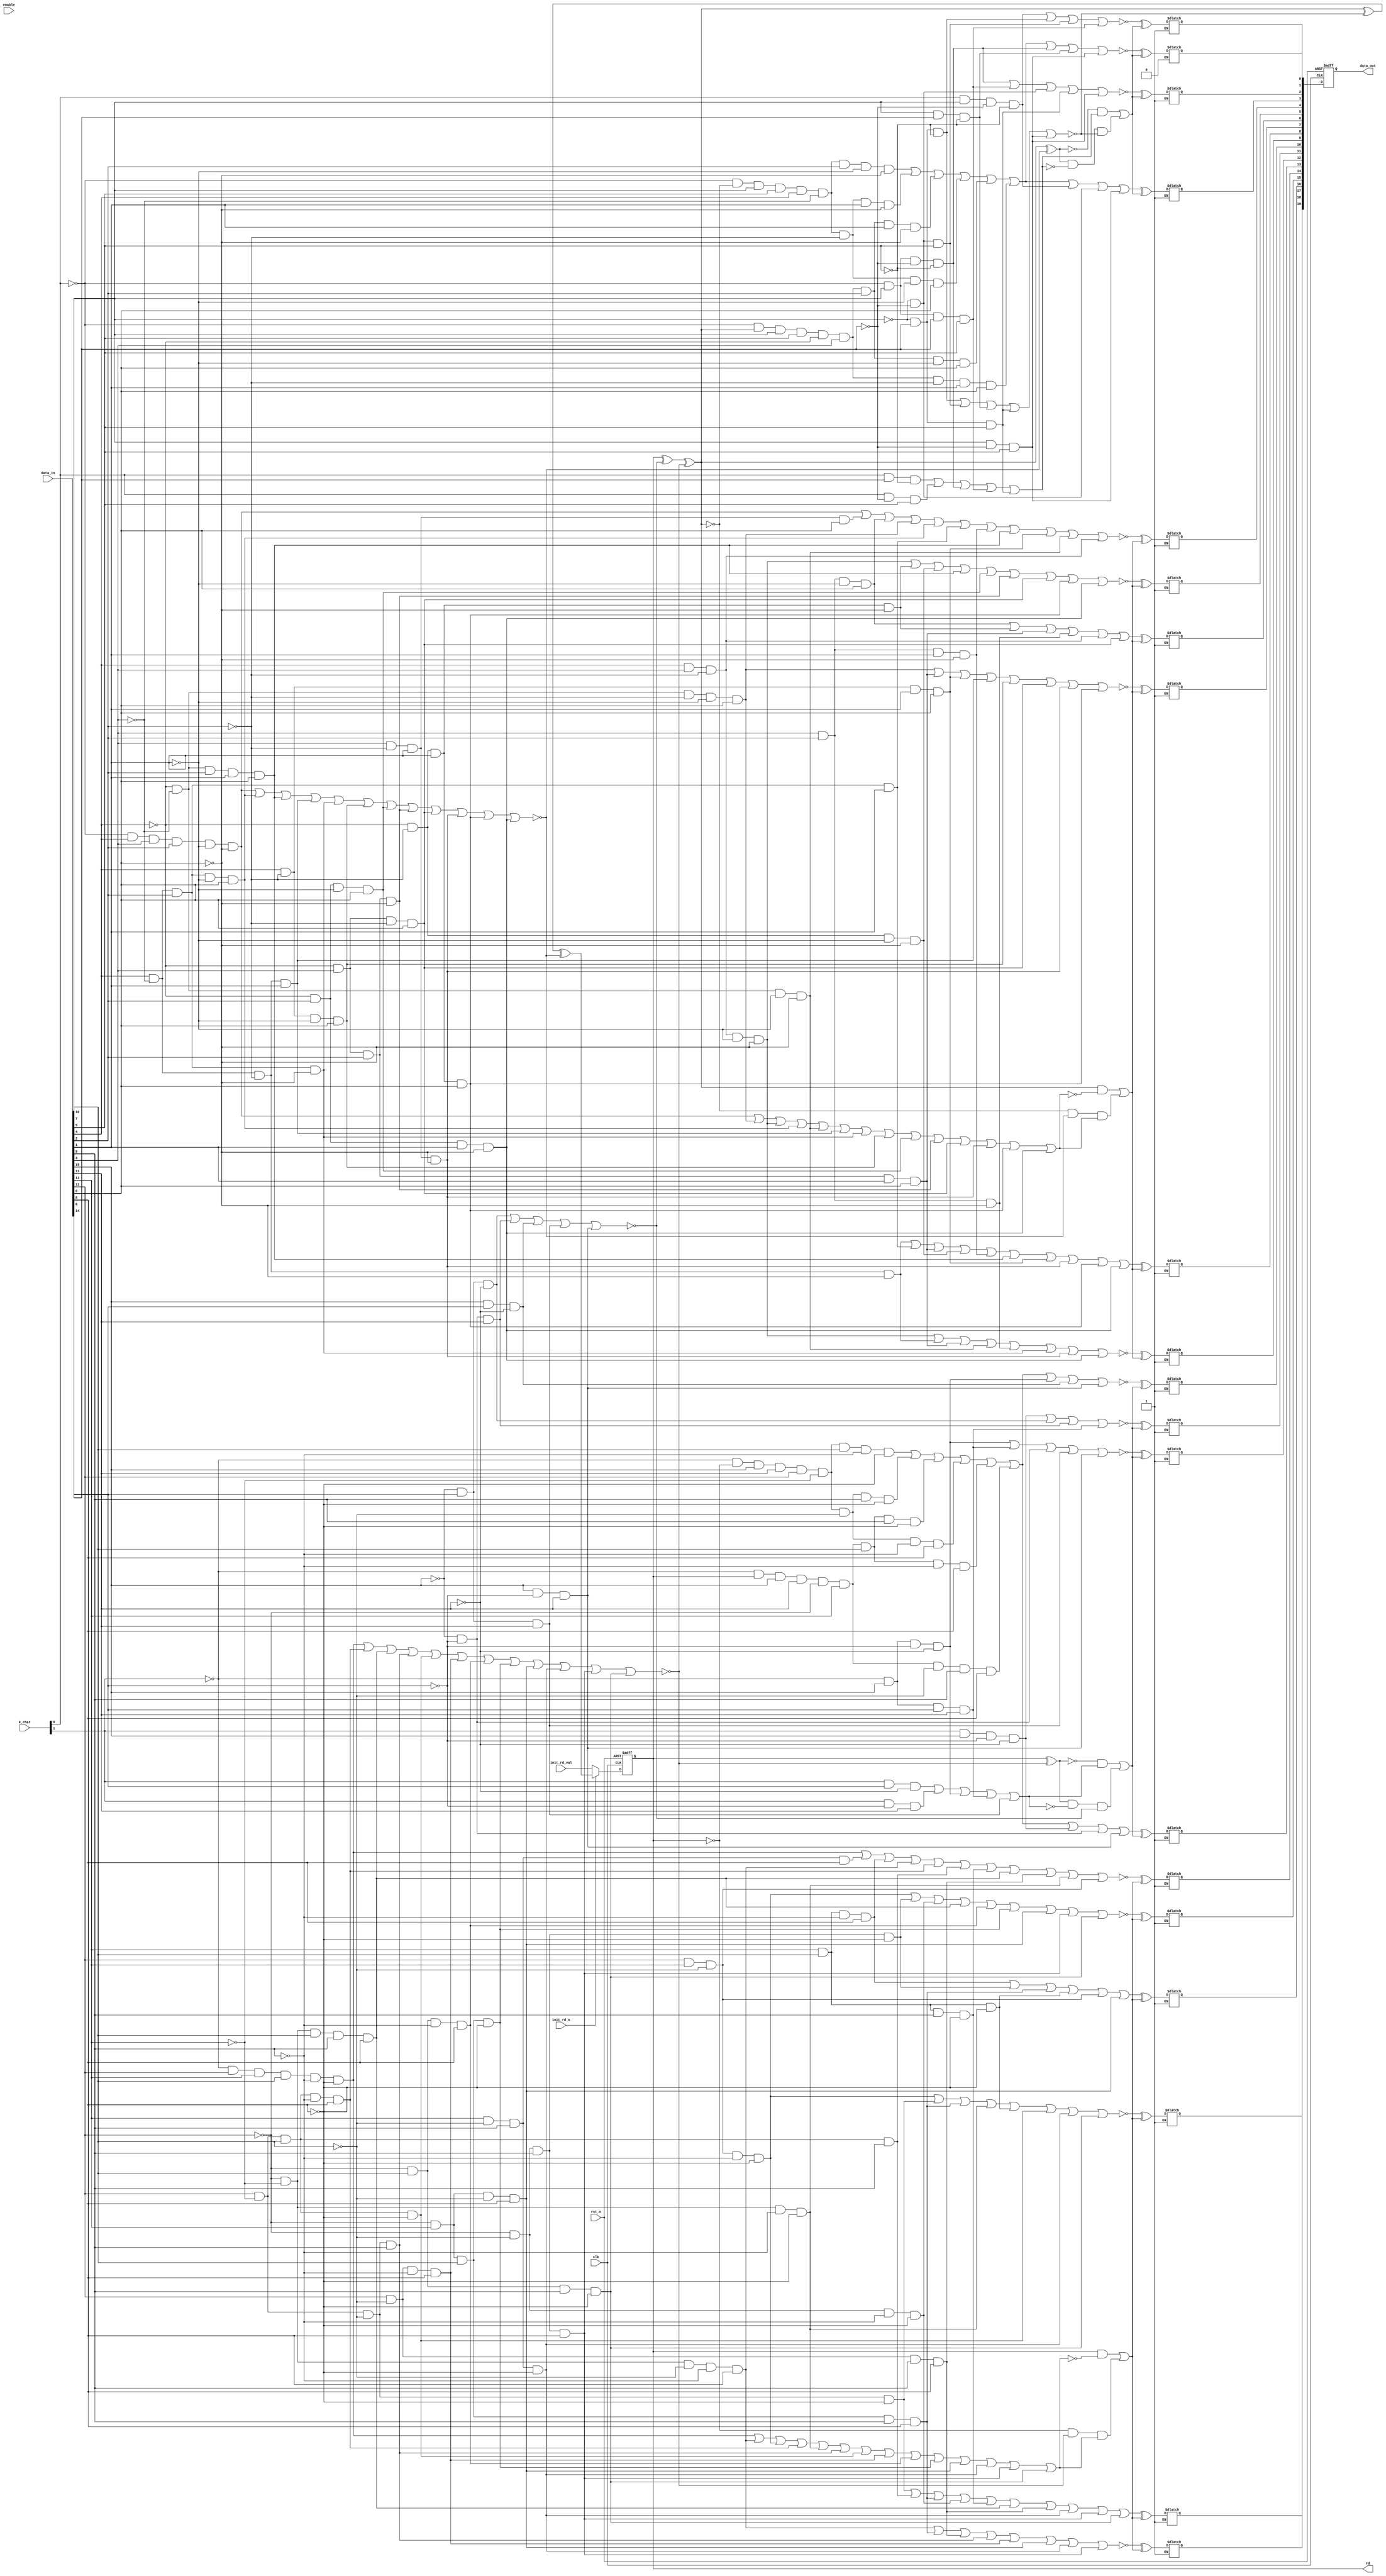

//
////////////////////////////////////////////////////////////////////////////////
////////////////////////////////////////////////////////////////////////////////
//
// ABSTRACT: 8b/10b Encoder
//
//              Parameters:     Valid Values
//              ==========      ============
//              bytes           [ 1 to 16 ]
//              k28_5_only      [ 0 to 1 ] (0 = all 12 special characters available (as determined by data bus value)
//                                          1 = K28.5 available only (does NOT depend on value of data bus)
//              en_mode         [ 0 to 1 ] (0 = enable input is disconnected (stalls registers)
//                                          1 = enable input is connected (processes inputs based on state of enable input))
//              init_mode       [ 0 to 1 ] (0 = init_rd_val input is registered before being applied to data in
//                                          1 = init_rd_val input is not registered before being applied to data in)
//              rst_mode        [ 0 to 1 ] (0 = using asynchronous reset FFs
//                                          1 = using synchronous reset FFs)
//              op_iso_mode     [ 0 to 4 ] (0 = Follow intent defined by Power Compiler user setting
//                                          1 = no operand isolation
//                                          2 = 'and' gate isolaton
//                                          3 = 'or' gate isolation
//                                          4 = preferred isolation style: 'or' gate)
//
//              Input Ports:    Size    Description
//              ===========     ====    ===========
//              clk             1 bit   Input Clock
//              rst_n           1 bit   Active Low Asynchronous Reset
//              init_rd_n       1 bit   Active Low Running Disparity initialization control
//              init_rd_val     1 bit   Running Disparity initial value applied when init_rd_n active
//              k_char          B bits  Special character control input bus (active high, one control bit per data byte)
//              data_in         E bits  Input data bus (Eight bits per byte)
//              enable          1 bit   Active High Enable to process data_in
//
//              Output Ports    Size    Description
//              ============    ====    ===========
//              rd              1 bit   Current Running Disparity state
//              data_out        T bits  Decoded output data bus (Ten bits per byte)
//
//
// MODIFICATIONS:
//    2/15/08   DLL  Added copyright banner and 'op_iso_mode' parameter to following 'lpwr' architecture.
//
//    5/19/08   RJK  Updated coding to eliminate 'missing signal in sensitivity list` warnings
//
//    10/6/08   RJK Added rst_mode parameter to select reset type (STAR 9000270234)
//
////////////////////////////////////////////////////////////////////////////////



  module DW_8b10b_enc(
	clk,
	rst_n,
	init_rd_n,
	init_rd_val,
	k_char,
	data_in,

	rd,
	data_out,
        enable

	);


    parameter bytes = 2;

    parameter k28_5_only = 0;	// special character control mode

    parameter en_mode = 0;      // enable mode

    parameter init_mode = 0;    // initial RD mode

    parameter rst_mode = 0;     // reset mode

    parameter op_iso_mode = 0;  // operand isolation mode

input  			clk;		// clock input
input  			rst_n;		// active low reset
input  			init_rd_n;	// active low running disp. force control
input  			init_rd_val;	// running disp. value to force
input  [bytes-1:0]	k_char;		// special character control bus (1 bit per byte)
input  [bytes*8-1:0]	data_in;	// data to encode (8 bits per byte)

output			rd;		// current running dispalrity
output [bytes*10-1:0]	data_out;	// encoded data (10 bits per byte)

input			enable;		// register enable


reg			nxt_rd_enc;
wire 			new_rd;
reg    [bytes*10-1:0]	enc_data;

reg    [bytes*10-1:0]	data_out_int_a;
reg			rd_int_a;
reg    [bytes*10-1:0]	data_out_int_s;
reg			rd_int_s;
wire   [bytes*10-1:0]	data_out_int;
wire			rd_int;

wire [bytes-1:0] k_char_masked;

wire rd_effective, enable_int;





generate
  if (init_mode == 0) begin :	GEN_im_eq_0
    assign rd_effective = rd_int;
    assign new_rd = (init_rd_n == 1'b0)? init_rd_val : nxt_rd_enc;
  end else begin :		GEN_im_eq_1
    assign rd_effective = (init_rd_n == 1'b0)? init_rd_val : rd_int;
    assign new_rd = nxt_rd_enc;
  end
endgenerate

generate
  if (en_mode == 0) begin :	GEN_em_eq_0
    assign enable_int = 1'b1;
  end else begin :		GEN_em_eq_1
    assign enable_int = enable;
  end
endgenerate

generate
  if (k28_5_only == 1) begin : GEN_k28p5_only
    assign k_char_masked = {bytes{1'b0}};
  end else begin : GEN_all_k_chars
    assign k_char_masked = k_char;
  end
endgenerate


generate
  if (k28_5_only == 1) begin :	GEN_k28p5only_eq_1
    always @ * begin : PROC_encode
	integer byte_id, inbyte_base, in_k_base, outbyte_base;
	reg [bytes-1:0] pt_0, pt_1, pt_2, pt_3, pt_4, pt_5, pt_6, pt_7, pt_8, pt_9;
	reg [bytes-1:0] pt_10, pt_11, pt_12, pt_13, pt_14, pt_15, pt_16, pt_17, pt_18, pt_19;
	reg [bytes-1:0] pt_20, pt_21, pt_22, pt_23, pt_24, pt_25, pt_26, pt_27, pt_28, pt_29;
	reg [bytes-1:0] pt_30, pt_31, pt_32, pt_33, pt_34, pt_35, pt_36, pt_37, pt_38, pt_39;
	reg [bytes-1:0] pt_40, pt_41, pt_42;
	reg [bytes-1:0] unbal4, unbal6, rdvalbal4, encrd;
	reg [bytes-1:0] a, b, c, d, e, f, g, h, i, j;
	reg [bytes-1:0] unbal4_int, unbal6_int, rdvalbal4_int, encrd_int;
	reg [bytes-1:0] a_int, b_int, c_int, d_int, e_int, f_int, g_int, h_int, i_int, j_int;
	reg [bytes-1:0] rd_b, invrt4, invrt6;
	reg [bytes : 0] rd_a;

	
	
	rd_a[0] = rd_effective;
	for (byte_id=0 ; byte_id < bytes ; byte_id=byte_id+1) begin

	    in_k_base = bytes-byte_id-1;
	    inbyte_base = 8 * (bytes-byte_id-1);
	    outbyte_base = 10 * (bytes-byte_id-1);

	    pt_0[byte_id] = ~k_char_masked[in_k_base] & ~rd_a[byte_id] &
			    data_in[inbyte_base+7] & data_in[inbyte_base+5] &
			    data_in[inbyte_base+4] & ~data_in[inbyte_base+3] &
			    data_in[inbyte_base+2] & ~data_in[inbyte_base+1] &
			    ~data_in[inbyte_base+0];
	    pt_1[byte_id] = ~k_char_masked[in_k_base] & ~rd_a[byte_id] &
			    data_in[inbyte_base+7] & data_in[inbyte_base+5] &
			    data_in[inbyte_base+4] & ~data_in[inbyte_base+3] &
			    ~data_in[inbyte_base+2] & data_in[inbyte_base+1] &
			    ~data_in[inbyte_base+0];
	    pt_2[byte_id] = ~k_char_masked[in_k_base] & rd_a[byte_id] &
			    data_in[inbyte_base+7] & data_in[inbyte_base+5] &
			    ~data_in[inbyte_base+4] & data_in[inbyte_base+3] &
			    data_in[inbyte_base+2] & data_in[inbyte_base+1] &
			    ~data_in[inbyte_base+0];
	    pt_3[byte_id] = ~k_char_masked[in_k_base] & ~rd_a[byte_id] &
			    data_in[inbyte_base+7] & data_in[inbyte_base+5] &
			    data_in[inbyte_base+4] & ~data_in[inbyte_base+3] &
			    ~data_in[inbyte_base+2] & ~data_in[inbyte_base+1] &
			    data_in[inbyte_base+0];
	    pt_4[byte_id] = ~k_char_masked[in_k_base] & rd_a[byte_id] &
			    data_in[inbyte_base+7] & data_in[inbyte_base+5] &
			    ~data_in[inbyte_base+4] & data_in[inbyte_base+3] &
			    data_in[inbyte_base+2] & ~data_in[inbyte_base+1] &
			    data_in[inbyte_base+0];
	    pt_5[byte_id] = ~k_char_masked[in_k_base] & rd_a[byte_id] &
			    data_in[inbyte_base+7] & data_in[inbyte_base+5] &
			    ~data_in[inbyte_base+4] & data_in[inbyte_base+3] &
			    ~data_in[inbyte_base+2] & data_in[inbyte_base+1] &
			    data_in[inbyte_base+0];
	    pt_6[byte_id] = k_char_masked[in_k_base] & data_in[inbyte_base+7] &
			    ~data_in[inbyte_base+6] & ~data_in[inbyte_base+5];
	    pt_7[byte_id] = k_char_masked[in_k_base] & data_in[inbyte_base+6] &
			    ~data_in[inbyte_base+5];
	    pt_8[byte_id] = k_char_masked[in_k_base] & ~data_in[inbyte_base+6] &
			    data_in[inbyte_base+5];
	    pt_9[byte_id] = ~data_in[inbyte_base+7] & data_in[inbyte_base+6] &
			    ~data_in[inbyte_base+5];
	    pt_10[byte_id] = ~data_in[inbyte_base+7] & ~data_in[inbyte_base+6] &
			    data_in[inbyte_base+5];
	    pt_11[byte_id] = ~k_char_masked[in_k_base] & data_in[inbyte_base+7] &
			    ~data_in[inbyte_base+6] & ~data_in[inbyte_base+5];
	    pt_12[byte_id] = ~k_char_masked[in_k_base] & data_in[inbyte_base+7] &
			    data_in[inbyte_base+6] & data_in[inbyte_base+5];
	    pt_13[byte_id] = ~data_in[inbyte_base+7] & ~data_in[inbyte_base+6];
	    pt_14[byte_id] = data_in[inbyte_base+7] & data_in[inbyte_base+6] &
			    ~data_in[inbyte_base+5];
	    pt_15[byte_id] = ~data_in[inbyte_base+7] & data_in[inbyte_base+6] &
			    data_in[inbyte_base+5];
	    pt_16[byte_id] = data_in[inbyte_base+7] & ~data_in[inbyte_base+6] &
			    data_in[inbyte_base+5];
	    pt_17[byte_id] = data_in[inbyte_base+3] & ~data_in[inbyte_base+2] &
			    data_in[inbyte_base+1] & ~data_in[inbyte_base+0];
	    pt_18[byte_id] = ~data_in[inbyte_base+4] & ~data_in[inbyte_base+2] &
			    data_in[inbyte_base+1] & data_in[inbyte_base+0];
	    pt_19[byte_id] = ~data_in[inbyte_base+4] & data_in[inbyte_base+2] &
			    data_in[inbyte_base+1] & ~data_in[inbyte_base+0];
	    pt_20[byte_id] = ~k_char_masked[in_k_base] & data_in[inbyte_base+4] &
			    data_in[inbyte_base+3] & data_in[inbyte_base+2] &
			    ~data_in[inbyte_base+1] & ~data_in[inbyte_base+0];
	    pt_21[byte_id] = data_in[inbyte_base+3] & ~data_in[inbyte_base+2] &
			    data_in[inbyte_base+1] & data_in[inbyte_base+0];
	    pt_22[byte_id] = data_in[inbyte_base+3] & data_in[inbyte_base+2] &
			    ~data_in[inbyte_base+1] & data_in[inbyte_base+0];
	    pt_23[byte_id] = ~data_in[inbyte_base+4] & ~data_in[inbyte_base+3] &
			    ~data_in[inbyte_base+2] & ~data_in[inbyte_base+1] &
			    data_in[inbyte_base+0];
	    pt_24[byte_id] = data_in[inbyte_base+4] & data_in[inbyte_base+3] &
			    ~data_in[inbyte_base+2] & ~data_in[inbyte_base+1] &
			    ~data_in[inbyte_base+0];
	    pt_25[byte_id] = data_in[inbyte_base+4] & ~data_in[inbyte_base+3] &
			    ~data_in[inbyte_base+2] & ~data_in[inbyte_base+0];
	    pt_26[byte_id] = data_in[inbyte_base+4] & ~data_in[inbyte_base+3] &
			    data_in[inbyte_base+2] & ~data_in[inbyte_base+1] &
			    data_in[inbyte_base+0];
	    pt_27[byte_id] = data_in[inbyte_base+4] & ~data_in[inbyte_base+3] &
			    data_in[inbyte_base+2] & data_in[inbyte_base+1];
	    pt_28[byte_id] = ~data_in[inbyte_base+4] & ~data_in[inbyte_base+2] &
			    data_in[inbyte_base+1] & ~data_in[inbyte_base+0];
	    pt_29[byte_id] = ~data_in[inbyte_base+4] & data_in[inbyte_base+3] &
			    data_in[inbyte_base+2] & data_in[inbyte_base+1] &
			    data_in[inbyte_base+0];
	    pt_30[byte_id] = ~data_in[inbyte_base+4] & ~data_in[inbyte_base+2] &
			    ~data_in[inbyte_base+1] & ~data_in[inbyte_base+0];
	    pt_31[byte_id] = data_in[inbyte_base+3] & data_in[inbyte_base+2] &
			    data_in[inbyte_base+1] & ~data_in[inbyte_base+0];
	    pt_32[byte_id] = ~data_in[inbyte_base+4] & ~data_in[inbyte_base+3] &
			    data_in[inbyte_base+2] & data_in[inbyte_base+1] &
			    data_in[inbyte_base+0];
	    pt_33[byte_id] = data_in[inbyte_base+4] & ~data_in[inbyte_base+2] &
			    data_in[inbyte_base+1] & data_in[inbyte_base+0];
	    pt_34[byte_id] = ~data_in[inbyte_base+4] & ~data_in[inbyte_base+3] &
			    ~data_in[inbyte_base+1] & ~data_in[inbyte_base+0];
	    pt_35[byte_id] = data_in[inbyte_base+3] & data_in[inbyte_base+2] &
			    ~data_in[inbyte_base+0];
	    pt_36[byte_id] = data_in[inbyte_base+4] & ~data_in[inbyte_base+3] &
			    ~data_in[inbyte_base+2] & data_in[inbyte_base+1];
	    pt_37[byte_id] = data_in[inbyte_base+4] & ~data_in[inbyte_base+3] &
			    data_in[inbyte_base+2] & ~data_in[inbyte_base+0];
	    pt_38[byte_id] = data_in[inbyte_base+4] & data_in[inbyte_base+3] &
			    ~data_in[inbyte_base+2];
	    pt_39[byte_id] = data_in[inbyte_base+4] & ~data_in[inbyte_base+2] &
			    ~data_in[inbyte_base+1] & data_in[inbyte_base+0];
	    pt_40[byte_id] = ~data_in[inbyte_base+4] & data_in[inbyte_base+2] &
			    ~data_in[inbyte_base+1] & data_in[inbyte_base+0];
	    pt_41[byte_id] = ~data_in[inbyte_base+4] & data_in[inbyte_base+3] &
			    data_in[inbyte_base+2] & ~data_in[inbyte_base+0];
	    pt_42[byte_id] = ~data_in[inbyte_base+4] & data_in[inbyte_base+3] &
			    ~data_in[inbyte_base+2] & data_in[inbyte_base+0];

	
	
	    a_int[byte_id] = ~(pt_24[byte_id] | pt_25[byte_id] | pt_29[byte_id] |
			    pt_34[byte_id] | pt_35[byte_id] | pt_37[byte_id] |
			    pt_17[byte_id] | pt_19[byte_id]);

	    b_int[byte_id] = pt_25[byte_id] | pt_27[byte_id] | pt_29[byte_id] |
			    pt_30[byte_id] | pt_31[byte_id] | pt_32[byte_id] |
			    pt_33[byte_id] | pt_17[byte_id] | pt_18[byte_id] |
			    pt_19[byte_id];

	    c_int[byte_id] = ~(pt_23[byte_id] | pt_29[byte_id] | pt_33[byte_id] |
			    pt_36[byte_id] | pt_39[byte_id] | pt_42[byte_id] |
			    pt_17[byte_id] | pt_18[byte_id]);

	    d_int[byte_id] = pt_22[byte_id] | pt_28[byte_id] | pt_29[byte_id] |
			    pt_35[byte_id] | pt_38[byte_id] | pt_42[byte_id];

	    e_int[byte_id] = ~(pt_24[byte_id] | pt_28[byte_id] | pt_30[byte_id] |
			    pt_32[byte_id] | pt_40[byte_id] | pt_41[byte_id] |
			    pt_42[byte_id] | pt_18[byte_id] | pt_19[byte_id]);

	    f_int[byte_id] = pt_0[byte_id] | pt_1[byte_id] | pt_2[byte_id] |
			    pt_3[byte_id] | pt_4[byte_id] | pt_5[byte_id] |
			    pt_6[byte_id] | pt_13[byte_id] | pt_16[byte_id];

	    g_int[byte_id] = ~(pt_11[byte_id] | pt_12[byte_id] | pt_13[byte_id] |
			    pt_15[byte_id] | pt_16[byte_id]);

	    h_int[byte_id] = ~(pt_6[byte_id] | pt_9[byte_id] | pt_10[byte_id] |
			    pt_12[byte_id]);

	    i_int[byte_id] = ~(pt_20[byte_id] | pt_21[byte_id] | pt_22[byte_id] |
			    pt_23[byte_id] | pt_26[byte_id] | pt_27[byte_id] |
			    pt_31[byte_id] | pt_32[byte_id] | pt_33[byte_id] |
			    pt_34[byte_id] | pt_38[byte_id]);

	    j_int[byte_id] = ~(pt_0[byte_id] | pt_1[byte_id] | pt_2[byte_id] |
			    pt_3[byte_id] | pt_4[byte_id] | pt_5[byte_id] |
			    pt_11[byte_id] | pt_14[byte_id] | pt_16[byte_id]);

	    unbal6_int[byte_id] = ~(pt_20[byte_id] | pt_26[byte_id] | pt_32[byte_id] |
			    pt_36[byte_id] | pt_37[byte_id] | pt_39[byte_id] |
			    pt_40[byte_id] | pt_41[byte_id] | pt_42[byte_id] |
			    pt_17[byte_id] | pt_18[byte_id] | pt_19[byte_id]);

	    encrd_int[byte_id] = ~(pt_20[byte_id] | pt_23[byte_id] | pt_24[byte_id] |
			    pt_26[byte_id] | pt_34[byte_id] | pt_36[byte_id] |
			    pt_37[byte_id] | pt_39[byte_id] | pt_40[byte_id] |
			    pt_41[byte_id] | pt_42[byte_id] | pt_17[byte_id] |
			    pt_18[byte_id] | pt_19[byte_id]);

	    unbal4_int[byte_id] = ~(pt_9[byte_id] | pt_10[byte_id] | pt_14[byte_id] |
			    pt_15[byte_id] | pt_16[byte_id]);

	    rdvalbal4_int[byte_id] = pt_7[byte_id] | pt_8[byte_id] | pt_11[byte_id] |
			    pt_12[byte_id] | pt_15[byte_id];

	    a[byte_id] = a_int[byte_id] & ~k_char[in_k_base];
	    b[byte_id] = b_int[byte_id] & ~k_char[in_k_base];
	    c[byte_id] = c_int[byte_id] | k_char[in_k_base];
	    d[byte_id] = d_int[byte_id] | k_char[in_k_base];
	    e[byte_id] = e_int[byte_id] | k_char[in_k_base];
	    f[byte_id] = f_int[byte_id] | k_char[in_k_base];
	    g[byte_id] = g_int[byte_id] & ~k_char[in_k_base];
	    h[byte_id] = h_int[byte_id] | k_char[in_k_base];
	    i[byte_id] = i_int[byte_id] | k_char[in_k_base];
	    j[byte_id] = j_int[byte_id] & ~k_char[in_k_base];
	    unbal6[byte_id] = unbal6_int[byte_id] | k_char[in_k_base];
	    encrd[byte_id] = encrd_int[byte_id] | k_char[in_k_base];
	    unbal4[byte_id] = unbal4_int[byte_id] & ~k_char[in_k_base];
	    rdvalbal4[byte_id] = rdvalbal4_int[byte_id] | k_char[in_k_base];

	
	
	    rd_b[byte_id] = rd_a[byte_id] ^ unbal6[byte_id];
	    rd_a[byte_id+1] = rd_a[byte_id] ^ unbal4[byte_id] ^ unbal6[byte_id];

	    invrt4[byte_id] = (~rd_b[byte_id] & rdvalbal4[byte_id]) |
			    (rd_b[byte_id] & ~rdvalbal4[byte_id] & unbal4[byte_id]);
	    invrt6[byte_id] = (rd_a[byte_id] & encrd[byte_id]) |
			    (~rd_a[byte_id] & unbal6[byte_id] & ~encrd[byte_id]);

	    enc_data[outbyte_base+0] = j[byte_id] ^ invrt4[byte_id];
	    enc_data[outbyte_base+1] = h[byte_id] ^ invrt4[byte_id];
	    enc_data[outbyte_base+2] = g[byte_id] ^ invrt4[byte_id];
	    enc_data[outbyte_base+3] = f[byte_id] ^ invrt4[byte_id];
	    enc_data[outbyte_base+4] = i[byte_id] ^ invrt6[byte_id];
	    enc_data[outbyte_base+5] = e[byte_id] ^ invrt6[byte_id];
	    enc_data[outbyte_base+6] = d[byte_id] ^ invrt6[byte_id];
	    enc_data[outbyte_base+7] = c[byte_id] ^ invrt6[byte_id];
	    enc_data[outbyte_base+8] = b[byte_id] ^ invrt6[byte_id];
	    enc_data[outbyte_base+9] = a[byte_id] ^ invrt6[byte_id];
	end

	nxt_rd_enc = rd_a[bytes];
	
    end
  end else begin :		GET_k28p5only_eq_0
    always @ * begin : PROC_encode
	integer byte_id, inbyte_base, in_k_base, outbyte_base;
	reg [bytes-1:0] pt_0, pt_1, pt_2, pt_3, pt_4, pt_5, pt_6, pt_7, pt_8, pt_9;
	reg [bytes-1:0] pt_10, pt_11, pt_12, pt_13, pt_14, pt_15, pt_16, pt_17, pt_18, pt_19;
	reg [bytes-1:0] pt_20, pt_21, pt_22, pt_23, pt_24, pt_25, pt_26, pt_27, pt_28, pt_29;
	reg [bytes-1:0] pt_30, pt_31, pt_32, pt_33, pt_34, pt_35, pt_36, pt_37, pt_38, pt_39;
	reg [bytes-1:0] pt_40, pt_41, pt_42;
	reg [bytes-1:0] unbal4, unbal6, rdvalbal4, encrd;
	reg [bytes-1:0] a, b, c, d, e, f, g, h, i, j;
	reg [bytes-1:0] unbal4_int, unbal6_int, rdvalbal4_int, encrd_int;
	reg [bytes-1:0] a_int, b_int, c_int, d_int, e_int, f_int, g_int, h_int, i_int, j_int;
	reg [bytes-1:0] rd_b, invrt4, invrt6;
	reg [bytes : 0] rd_a;

	
	
	rd_a[0] = rd_effective;
	for (byte_id=0 ; byte_id < bytes ; byte_id=byte_id+1) begin

	    in_k_base = bytes-byte_id-1;
	    inbyte_base = 8 * (bytes-byte_id-1);
	    outbyte_base = 10 * (bytes-byte_id-1);

	    pt_0[byte_id] = ~k_char_masked[in_k_base] & ~rd_a[byte_id] &
			    data_in[inbyte_base+7] & data_in[inbyte_base+5] &
			    data_in[inbyte_base+4] & ~data_in[inbyte_base+3] &
			    data_in[inbyte_base+2] & ~data_in[inbyte_base+1] &
			    ~data_in[inbyte_base+0];
	    pt_1[byte_id] = ~k_char_masked[in_k_base] & ~rd_a[byte_id] &
			    data_in[inbyte_base+7] & data_in[inbyte_base+5] &
			    data_in[inbyte_base+4] & ~data_in[inbyte_base+3] &
			    ~data_in[inbyte_base+2] & data_in[inbyte_base+1] &
			    ~data_in[inbyte_base+0];
	    pt_2[byte_id] = ~k_char_masked[in_k_base] & rd_a[byte_id] &
			    data_in[inbyte_base+7] & data_in[inbyte_base+5] &
			    ~data_in[inbyte_base+4] & data_in[inbyte_base+3] &
			    data_in[inbyte_base+2] & data_in[inbyte_base+1] &
			    ~data_in[inbyte_base+0];
	    pt_3[byte_id] = ~k_char_masked[in_k_base] & ~rd_a[byte_id] &
			    data_in[inbyte_base+7] & data_in[inbyte_base+5] &
			    data_in[inbyte_base+4] & ~data_in[inbyte_base+3] &
			    ~data_in[inbyte_base+2] & ~data_in[inbyte_base+1] &
			    data_in[inbyte_base+0];
	    pt_4[byte_id] = ~k_char_masked[in_k_base] & rd_a[byte_id] &
			    data_in[inbyte_base+7] & data_in[inbyte_base+5] &
			    ~data_in[inbyte_base+4] & data_in[inbyte_base+3] &
			    data_in[inbyte_base+2] & ~data_in[inbyte_base+1] &
			    data_in[inbyte_base+0];
	    pt_5[byte_id] = ~k_char_masked[in_k_base] & rd_a[byte_id] &
			    data_in[inbyte_base+7] & data_in[inbyte_base+5] &
			    ~data_in[inbyte_base+4] & data_in[inbyte_base+3] &
			    ~data_in[inbyte_base+2] & data_in[inbyte_base+1] &
			    data_in[inbyte_base+0];
	    pt_6[byte_id] = k_char_masked[in_k_base] & data_in[inbyte_base+7] &
			    ~data_in[inbyte_base+6] & ~data_in[inbyte_base+5];
	    pt_7[byte_id] = k_char_masked[in_k_base] & data_in[inbyte_base+6] &
			    ~data_in[inbyte_base+5];
	    pt_8[byte_id] = k_char_masked[in_k_base] & ~data_in[inbyte_base+6] &
			    data_in[inbyte_base+5];
	    pt_9[byte_id] = ~data_in[inbyte_base+7] & data_in[inbyte_base+6] &
			    ~data_in[inbyte_base+5];
	    pt_10[byte_id] = ~data_in[inbyte_base+7] & ~data_in[inbyte_base+6] &
			    data_in[inbyte_base+5];
	    pt_11[byte_id] = ~k_char_masked[in_k_base] & data_in[inbyte_base+7] &
			    ~data_in[inbyte_base+6] & ~data_in[inbyte_base+5];
	    pt_12[byte_id] = ~k_char_masked[in_k_base] & data_in[inbyte_base+7] &
			    data_in[inbyte_base+6] & data_in[inbyte_base+5];
	    pt_13[byte_id] = ~data_in[inbyte_base+7] & ~data_in[inbyte_base+6];
	    pt_14[byte_id] = data_in[inbyte_base+7] & data_in[inbyte_base+6] &
			    ~data_in[inbyte_base+5];
	    pt_15[byte_id] = ~data_in[inbyte_base+7] & data_in[inbyte_base+6] &
			    data_in[inbyte_base+5];
	    pt_16[byte_id] = data_in[inbyte_base+7] & ~data_in[inbyte_base+6] &
			    data_in[inbyte_base+5];
	    pt_17[byte_id] = data_in[inbyte_base+3] & ~data_in[inbyte_base+2] &
			    data_in[inbyte_base+1] & ~data_in[inbyte_base+0];
	    pt_18[byte_id] = ~data_in[inbyte_base+4] & ~data_in[inbyte_base+2] &
			    data_in[inbyte_base+1] & data_in[inbyte_base+0];
	    pt_19[byte_id] = ~data_in[inbyte_base+4] & data_in[inbyte_base+2] &
			    data_in[inbyte_base+1] & ~data_in[inbyte_base+0];
	    pt_20[byte_id] = ~k_char_masked[in_k_base] & data_in[inbyte_base+4] &
			    data_in[inbyte_base+3] & data_in[inbyte_base+2] &
			    ~data_in[inbyte_base+1] & ~data_in[inbyte_base+0];
	    pt_21[byte_id] = data_in[inbyte_base+3] & ~data_in[inbyte_base+2] &
			    data_in[inbyte_base+1] & data_in[inbyte_base+0];
	    pt_22[byte_id] = data_in[inbyte_base+3] & data_in[inbyte_base+2] &
			    ~data_in[inbyte_base+1] & data_in[inbyte_base+0];
	    pt_23[byte_id] = ~data_in[inbyte_base+4] & ~data_in[inbyte_base+3] &
			    ~data_in[inbyte_base+2] & ~data_in[inbyte_base+1] &
			    data_in[inbyte_base+0];
	    pt_24[byte_id] = data_in[inbyte_base+4] & data_in[inbyte_base+3] &
			    ~data_in[inbyte_base+2] & ~data_in[inbyte_base+1] &
			    ~data_in[inbyte_base+0];
	    pt_25[byte_id] = data_in[inbyte_base+4] & ~data_in[inbyte_base+3] &
			    ~data_in[inbyte_base+2] & ~data_in[inbyte_base+0];
	    pt_26[byte_id] = data_in[inbyte_base+4] & ~data_in[inbyte_base+3] &
			    data_in[inbyte_base+2] & ~data_in[inbyte_base+1] &
			    data_in[inbyte_base+0];
	    pt_27[byte_id] = data_in[inbyte_base+4] & ~data_in[inbyte_base+3] &
			    data_in[inbyte_base+2] & data_in[inbyte_base+1];
	    pt_28[byte_id] = ~data_in[inbyte_base+4] & ~data_in[inbyte_base+2] &
			    data_in[inbyte_base+1] & ~data_in[inbyte_base+0];
	    pt_29[byte_id] = ~data_in[inbyte_base+4] & data_in[inbyte_base+3] &
			    data_in[inbyte_base+2] & data_in[inbyte_base+1] &
			    data_in[inbyte_base+0];
	    pt_30[byte_id] = ~data_in[inbyte_base+4] & ~data_in[inbyte_base+2] &
			    ~data_in[inbyte_base+1] & ~data_in[inbyte_base+0];
	    pt_31[byte_id] = data_in[inbyte_base+3] & data_in[inbyte_base+2] &
			    data_in[inbyte_base+1] & ~data_in[inbyte_base+0];
	    pt_32[byte_id] = ~data_in[inbyte_base+4] & ~data_in[inbyte_base+3] &
			    data_in[inbyte_base+2] & data_in[inbyte_base+1] &
			    data_in[inbyte_base+0];
	    pt_33[byte_id] = data_in[inbyte_base+4] & ~data_in[inbyte_base+2] &
			    data_in[inbyte_base+1] & data_in[inbyte_base+0];
	    pt_34[byte_id] = ~data_in[inbyte_base+4] & ~data_in[inbyte_base+3] &
			    ~data_in[inbyte_base+1] & ~data_in[inbyte_base+0];
	    pt_35[byte_id] = data_in[inbyte_base+3] & data_in[inbyte_base+2] &
			    ~data_in[inbyte_base+0];
	    pt_36[byte_id] = data_in[inbyte_base+4] & ~data_in[inbyte_base+3] &
			    ~data_in[inbyte_base+2] & data_in[inbyte_base+1];
	    pt_37[byte_id] = data_in[inbyte_base+4] & ~data_in[inbyte_base+3] &
			    data_in[inbyte_base+2] & ~data_in[inbyte_base+0];
	    pt_38[byte_id] = data_in[inbyte_base+4] & data_in[inbyte_base+3] &
			    ~data_in[inbyte_base+2];
	    pt_39[byte_id] = data_in[inbyte_base+4] & ~data_in[inbyte_base+2] &
			    ~data_in[inbyte_base+1] & data_in[inbyte_base+0];
	    pt_40[byte_id] = ~data_in[inbyte_base+4] & data_in[inbyte_base+2] &
			    ~data_in[inbyte_base+1] & data_in[inbyte_base+0];
	    pt_41[byte_id] = ~data_in[inbyte_base+4] & data_in[inbyte_base+3] &
			    data_in[inbyte_base+2] & ~data_in[inbyte_base+0];
	    pt_42[byte_id] = ~data_in[inbyte_base+4] & data_in[inbyte_base+3] &
			    ~data_in[inbyte_base+2] & data_in[inbyte_base+0];

	
	
	    a_int[byte_id] = ~(pt_24[byte_id] | pt_25[byte_id] | pt_29[byte_id] |
			    pt_34[byte_id] | pt_35[byte_id] | pt_37[byte_id] |
			    pt_17[byte_id] | pt_19[byte_id]);

	    b_int[byte_id] = pt_25[byte_id] | pt_27[byte_id] | pt_29[byte_id] |
			    pt_30[byte_id] | pt_31[byte_id] | pt_32[byte_id] |
			    pt_33[byte_id] | pt_17[byte_id] | pt_18[byte_id] |
			    pt_19[byte_id];

	    c_int[byte_id] = ~(pt_23[byte_id] | pt_29[byte_id] | pt_33[byte_id] |
			    pt_36[byte_id] | pt_39[byte_id] | pt_42[byte_id] |
			    pt_17[byte_id] | pt_18[byte_id]);

	    d_int[byte_id] = pt_22[byte_id] | pt_28[byte_id] | pt_29[byte_id] |
			    pt_35[byte_id] | pt_38[byte_id] | pt_42[byte_id];

	    e_int[byte_id] = ~(pt_24[byte_id] | pt_28[byte_id] | pt_30[byte_id] |
			    pt_32[byte_id] | pt_40[byte_id] | pt_41[byte_id] |
			    pt_42[byte_id] | pt_18[byte_id] | pt_19[byte_id]);

	    f_int[byte_id] = pt_0[byte_id] | pt_1[byte_id] | pt_2[byte_id] |
			    pt_3[byte_id] | pt_4[byte_id] | pt_5[byte_id] |
			    pt_6[byte_id] | pt_13[byte_id] | pt_16[byte_id];

	    g_int[byte_id] = ~(pt_11[byte_id] | pt_12[byte_id] | pt_13[byte_id] |
			    pt_15[byte_id] | pt_16[byte_id]);

	    h_int[byte_id] = ~(pt_6[byte_id] | pt_9[byte_id] | pt_10[byte_id] |
			    pt_12[byte_id]);

	    i_int[byte_id] = ~(pt_20[byte_id] | pt_21[byte_id] | pt_22[byte_id] |
			    pt_23[byte_id] | pt_26[byte_id] | pt_27[byte_id] |
			    pt_31[byte_id] | pt_32[byte_id] | pt_33[byte_id] |
			    pt_34[byte_id] | pt_38[byte_id]);

	    j_int[byte_id] = ~(pt_0[byte_id] | pt_1[byte_id] | pt_2[byte_id] |
			    pt_3[byte_id] | pt_4[byte_id] | pt_5[byte_id] |
			    pt_11[byte_id] | pt_14[byte_id] | pt_16[byte_id]);

	    unbal6_int[byte_id] = ~(pt_20[byte_id] | pt_26[byte_id] | pt_32[byte_id] |
			    pt_36[byte_id] | pt_37[byte_id] | pt_39[byte_id] |
			    pt_40[byte_id] | pt_41[byte_id] | pt_42[byte_id] |
			    pt_17[byte_id] | pt_18[byte_id] | pt_19[byte_id]);

	    encrd_int[byte_id] = ~(pt_20[byte_id] | pt_23[byte_id] | pt_24[byte_id] |
			    pt_26[byte_id] | pt_34[byte_id] | pt_36[byte_id] |
			    pt_37[byte_id] | pt_39[byte_id] | pt_40[byte_id] |
			    pt_41[byte_id] | pt_42[byte_id] | pt_17[byte_id] |
			    pt_18[byte_id] | pt_19[byte_id]);

	    unbal4_int[byte_id] = ~(pt_9[byte_id] | pt_10[byte_id] | pt_14[byte_id] |
			    pt_15[byte_id] | pt_16[byte_id]);

	    rdvalbal4_int[byte_id] = pt_7[byte_id] | pt_8[byte_id] | pt_11[byte_id] |
			    pt_12[byte_id] | pt_15[byte_id];

	    a[byte_id] = a_int[byte_id];
	    b[byte_id] = b_int[byte_id];
	    c[byte_id] = c_int[byte_id];
	    d[byte_id] = d_int[byte_id];
	    e[byte_id] = e_int[byte_id];
	    f[byte_id] = f_int[byte_id];
	    g[byte_id] = g_int[byte_id];
	    h[byte_id] = h_int[byte_id];
	    i[byte_id] = i_int[byte_id];
	    j[byte_id] = j_int[byte_id];
	    unbal6[byte_id] = unbal6_int[byte_id];
	    encrd[byte_id] = encrd_int[byte_id];
	    unbal4[byte_id] = unbal4_int[byte_id];
	    rdvalbal4[byte_id] = rdvalbal4_int[byte_id];

	
	
	    rd_b[byte_id] = rd_a[byte_id] ^ unbal6[byte_id];
	    rd_a[byte_id+1] = rd_a[byte_id] ^ unbal4[byte_id] ^ unbal6[byte_id];

	    invrt4[byte_id] = (~rd_b[byte_id] & rdvalbal4[byte_id]) |
			    (rd_b[byte_id] & ~rdvalbal4[byte_id] & unbal4[byte_id]);
	    invrt6[byte_id] = (rd_a[byte_id] & encrd[byte_id]) |
			    (~rd_a[byte_id] & unbal6[byte_id] & ~encrd[byte_id]);

	    enc_data[outbyte_base+0] = j[byte_id] ^ invrt4[byte_id];
	    enc_data[outbyte_base+1] = h[byte_id] ^ invrt4[byte_id];
	    enc_data[outbyte_base+2] = g[byte_id] ^ invrt4[byte_id];
	    enc_data[outbyte_base+3] = f[byte_id] ^ invrt4[byte_id];
	    enc_data[outbyte_base+4] = i[byte_id] ^ invrt6[byte_id];
	    enc_data[outbyte_base+5] = e[byte_id] ^ invrt6[byte_id];
	    enc_data[outbyte_base+6] = d[byte_id] ^ invrt6[byte_id];
	    enc_data[outbyte_base+7] = c[byte_id] ^ invrt6[byte_id];
	    enc_data[outbyte_base+8] = b[byte_id] ^ invrt6[byte_id];
	    enc_data[outbyte_base+9] = a[byte_id] ^ invrt6[byte_id];
	end

	nxt_rd_enc = rd_a[bytes];
	
    end
  end
endgenerate



    // async reset
    always @ (posedge clk or negedge rst_n) begin : PROC_async_rst_ffs
	if (rst_n == 1'b0) begin
	    rd_int_a <= 1'b0;
	    data_out_int_a <= {10*bytes{1'b0}};
	end else if (enable_int == 1'b1) begin
	    rd_int_a <= new_rd;
	    data_out_int_a <= enc_data;	
	end
    end
    
    // async reset
    always @ (posedge clk) begin : PROC_sync_rst_ffs
	if (rst_n == 1'b0) begin
	    rd_int_s <= 1'b0;
	    data_out_int_s <= {10*bytes{1'b0}};
	end else if (enable_int == 1'b1) begin
	    rd_int_s <= new_rd;
	    data_out_int_s <= enc_data;	
	end
    end
    

    assign rd_int       = (rst_mode == 0)? rd_int_a       : rd_int_s;
    assign data_out_int = (rst_mode == 0)? data_out_int_a : data_out_int_s;

    assign data_out = data_out_int;
    assign rd = rd_int;

endmodule